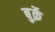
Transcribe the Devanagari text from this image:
बुर्क़े